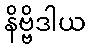
နိဗ္ဗိဒါယ